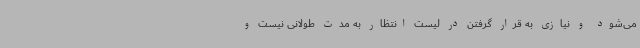
می‌شود و نیازی به قرار گرفتن در لیست انتظار به مدت طولانی نیست و